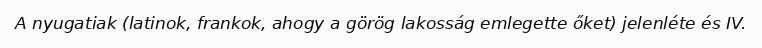
A nyugatiak (latinok, frankok, ahogy a görög lakosság emlegette őket) jelenléte és IV.